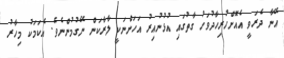
އޭނާ ދެރަވީ އެއޮށްހުރިހާދުވަހު ގާތުގައި އުޅުނުއިރު އަހަންނަކީ ލާރާކަން ނޭގުމުންނެވެ. އެކަމަކު މިހާރު